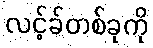
လင့်ခ်တစ်ခုကို